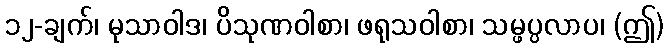
၁၂-ချက်၊ မုသာဝါဒ၊ ပိသုဏဝါစာ၊ ဖရုသဝါစာ၊ သမ္ဖပ္ပလာပ၊ (ဤ)